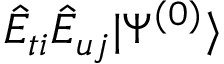
\hat { E } _ { t i } \hat { E } _ { u j } | \Psi ^ { ( 0 ) } \rangle